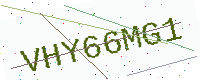
Text: VHY66MG1